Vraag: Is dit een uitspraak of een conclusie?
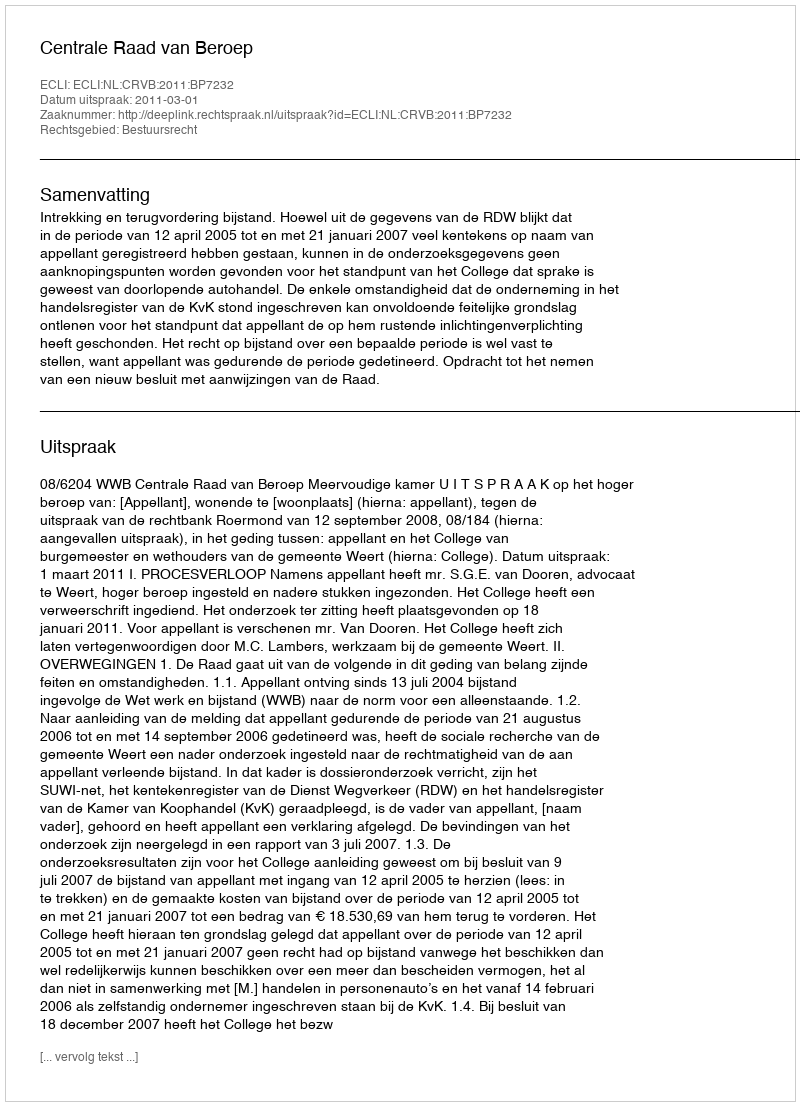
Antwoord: Uitspraak